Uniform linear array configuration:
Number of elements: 24
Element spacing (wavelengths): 0.5
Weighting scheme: hann
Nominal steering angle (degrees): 60
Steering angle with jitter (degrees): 60.223
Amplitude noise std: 0.05
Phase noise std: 0.05

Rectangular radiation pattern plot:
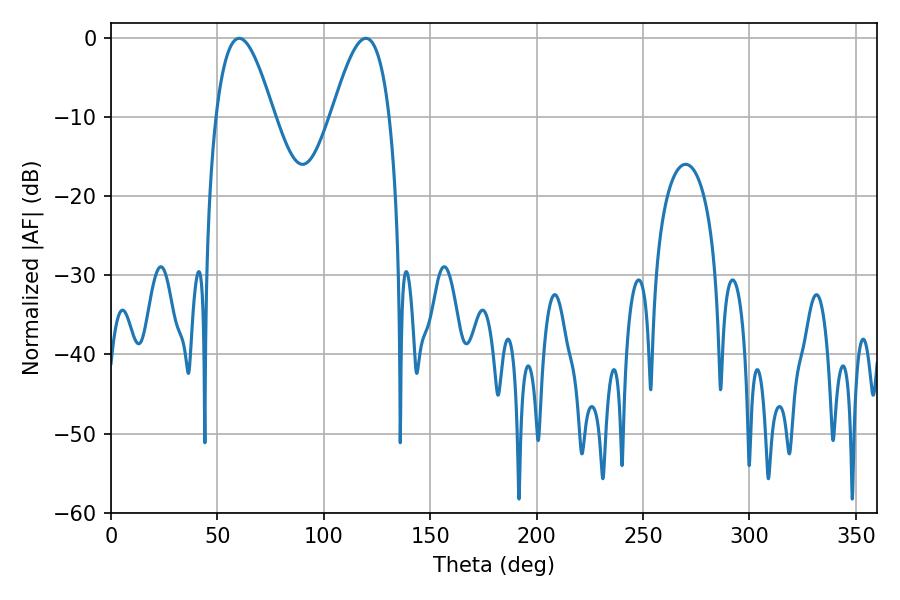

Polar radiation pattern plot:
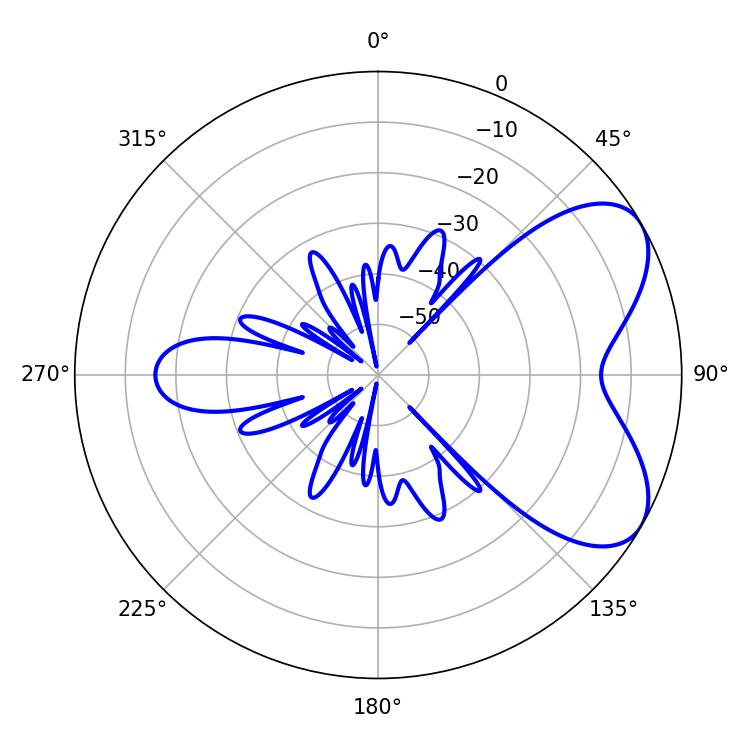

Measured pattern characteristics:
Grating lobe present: FALSE
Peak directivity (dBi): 6.076
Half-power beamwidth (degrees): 14.76
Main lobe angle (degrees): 60.3